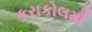
કરાકોલમાઁ